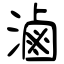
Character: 滷